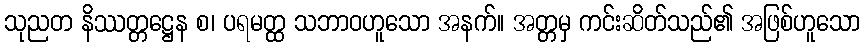
သုညတ နိဿတ္တဋ္ဌေန စ၊ ပရမတ္ထ သဘာဝဟူသော အနက်။ အတ္တမှ ကင်းဆိတ်သည်၏ အဖြစ်ဟူသော